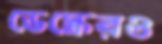
ডেস্কেরও